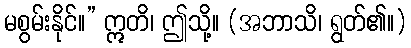
မစွမ်းနိုင်။” ဣတိ၊ ဤသို့။ (အဘာသိ၊ ရွတ်၏။)